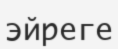
эйреге